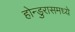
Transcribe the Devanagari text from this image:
होन्डुरासमध्ये